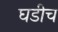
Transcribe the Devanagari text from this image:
घडीच